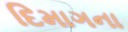
દિમાગના